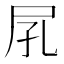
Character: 𡰼